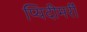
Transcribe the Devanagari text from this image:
प्यिदीमर्री